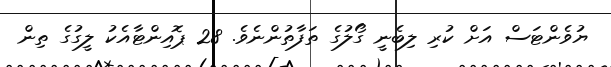
ޔުވެންޓަސް އަށް ކުރި ލިބެނީ ގޯލުގެ ތަފާތުންނެވެ. 28 ޕޮއިންޓާއެކު ލީގުގެ ތިން